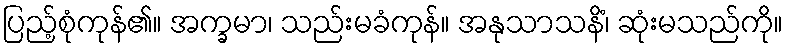
ပြည့်စုံကုန်၏။ အက္ခမာ၊ သည်းမခံကုန်။ အနုသာသနိံ၊ ဆုံးမသည်ကို။